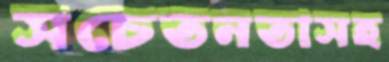
সচেতনতাসহ